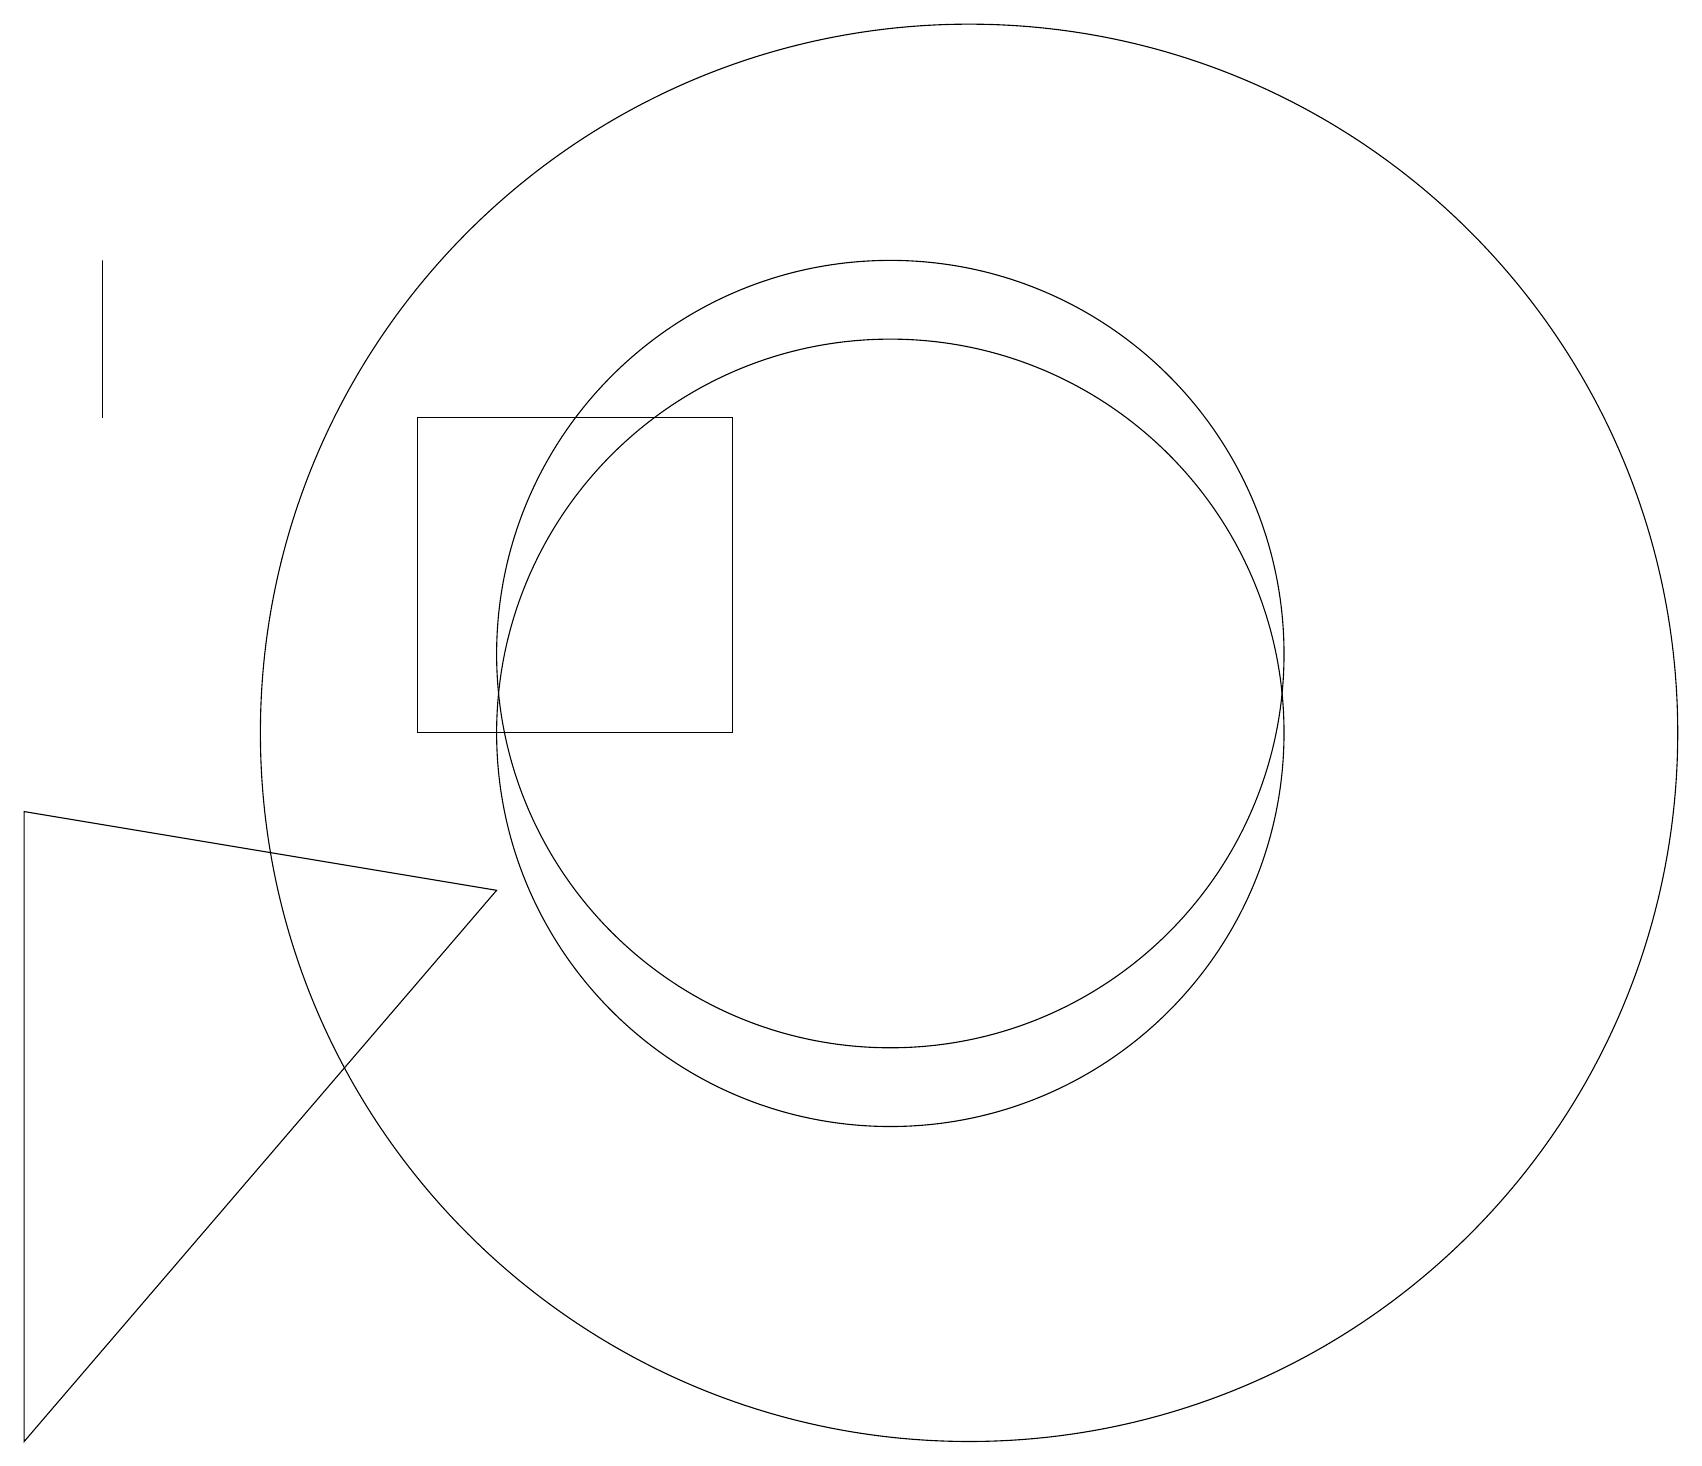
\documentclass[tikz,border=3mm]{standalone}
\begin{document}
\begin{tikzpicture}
\draw (12,10) circle (9);
\draw (1,14) rectangle (1,16);
\draw (9,14) rectangle (5,10);
\draw (11,10) circle (5);
\draw (0,1) -- (0,9) -- (6,8) -- cycle;
\draw (11,11) circle (5);
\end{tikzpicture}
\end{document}